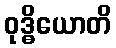
ဝုဒ္ဓိယောတိ